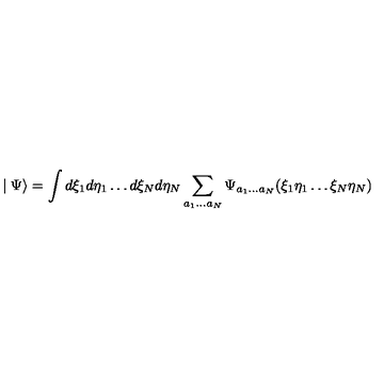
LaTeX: \mid \Psi \rangle = \int d \xi _ { 1 } d \eta _ { 1 } \ldots d \xi _ { N } d \eta _ { N } \sum _ { a _ { 1 } \ldots a _ { N } } \Psi _ { a _ { 1 } \ldots a _ { N } } ( \xi _ { 1 } \eta _ { 1 } \ldots \xi _ { N } \eta _ { N } )